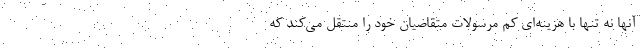
آنها نه تنها با هزینه‌ای کم مرسولات متقاضیان خود را منتقل می‌کند که